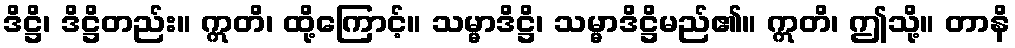
ဒိဋ္ဌိ၊ ဒိဋ္ဌိတည်း။ ဣတိ၊ ထို့ကြောင့်။ သမ္မာဒိဋ္ဌိ၊ သမ္မာဒိဋ္ဌိမည်၏။ ဣတိ၊ ဤသို့။ တာနိ